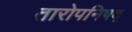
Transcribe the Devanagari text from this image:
तारोपनिषद्